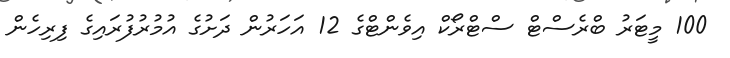
100 މީޓަރު ބްރެސްޓް ސްޓްރޯކް އިވެންޓްގެ 12 އަހަރުން ދަށުގެ އުމުރުފުރައިގެ ފިރިހެން